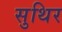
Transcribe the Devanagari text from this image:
सुथिर